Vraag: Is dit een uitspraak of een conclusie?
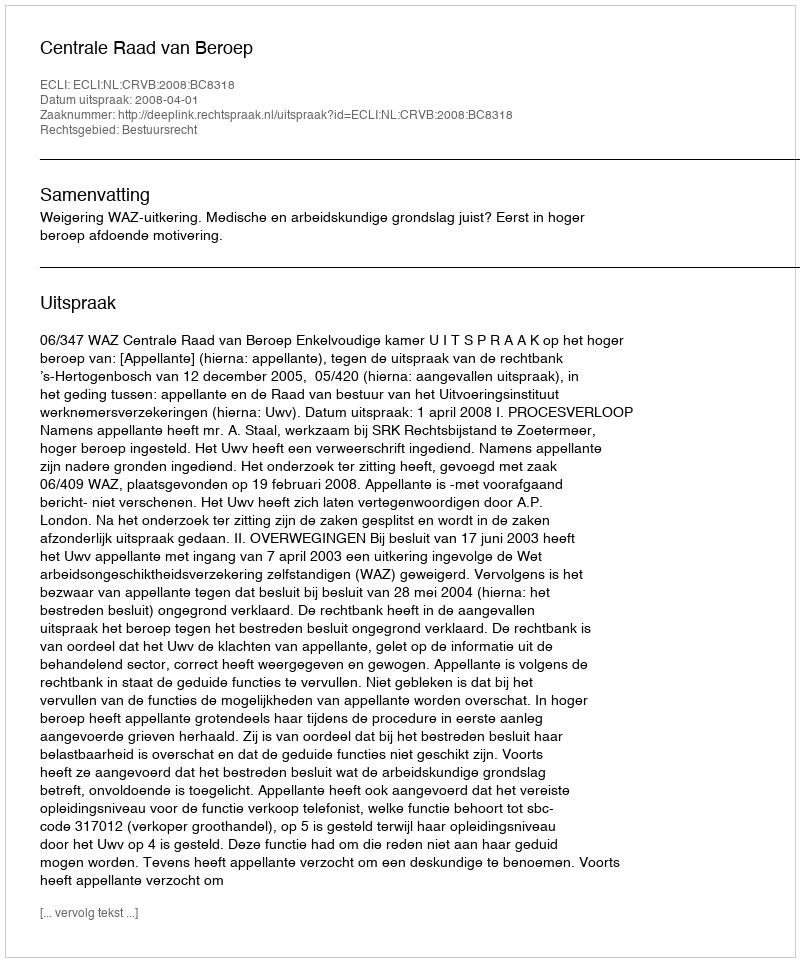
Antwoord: Uitspraak